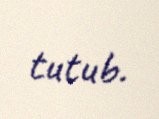
tutub.